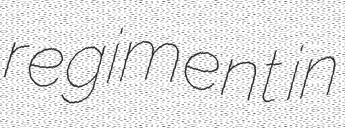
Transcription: regiment in